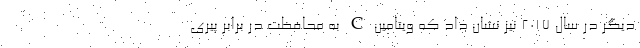
دیگر در سال 2017 نیز نشان داد که ویتامین C به محافظت در برابر پیری